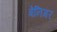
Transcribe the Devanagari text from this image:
बेनिगर